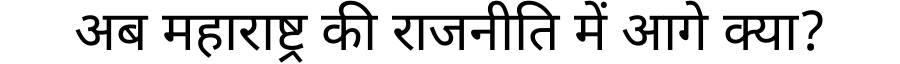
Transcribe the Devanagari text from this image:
अब महाराष्ट्र की राजनीति में आगे क्या?